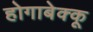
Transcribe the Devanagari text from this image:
होगाबेक्कू